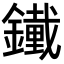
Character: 𨭱